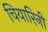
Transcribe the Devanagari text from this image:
चियारिनी